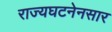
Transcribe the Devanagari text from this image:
राज्यघटनेनसार